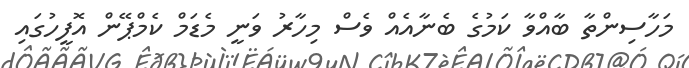
މަހާސިންތާ ބާއްވާ ކަމުގެ ބެނާއެއް ވެސް މިހާރު ވަނީ މެޑަމް ކެމްޕޭން އޮފީހުގައި